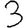
Digit: 3